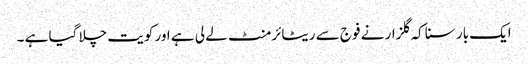
ایک بار سنا کہ گلزار نے فوج سے ریٹائرمنٹ لے لی ہے اور کویت چلا گیا ہے ۔